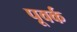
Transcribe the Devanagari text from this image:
पूवर्क